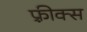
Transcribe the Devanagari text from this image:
फ़्रीक्स